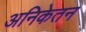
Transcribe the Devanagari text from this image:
अनिकेतन